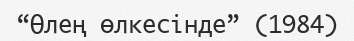
“Өлең өлкесінде” (1984)